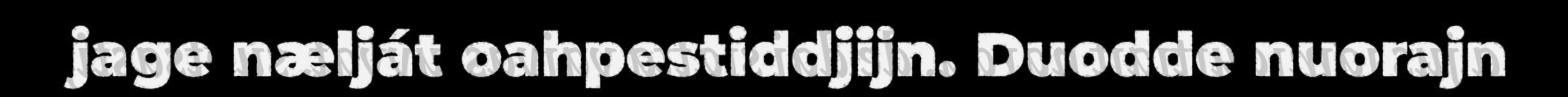
jage nælját oahpestiddjijn. Duodde nuorajn